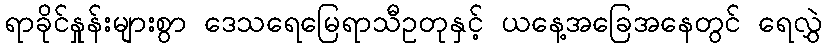
ရာခိုင်နှုန်းများစွာ ဒေသရေမြေရာသီဥတုနှင့် ယနေ့အခြေအနေတွင် ရေလွှဲ